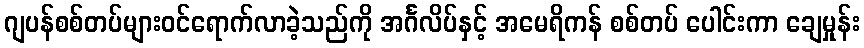
ဂျပန်စစ်တပ်များဝင်ရောက်လာခဲ့သည်ကို အင်္ဂလိပ်နှင့် အမေရိကန် စစ်တပ် ပေါင်းကာ ချေမှုန်း